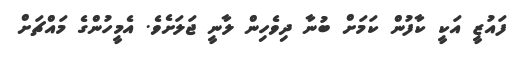
ފައުޒީ އަކީ ކާފުން ކަމަށް ބުނާ ދިވެހިން ލާނީ ޖަލަށެވެ. އެމީހުންގެ މައްޗަށް